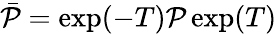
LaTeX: \bar{\mathcal{P}}=\exp(-T)\mathcal{P}\exp(T)